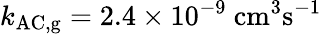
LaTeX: k_{\mathrm{AC,g}}=2.4\times 10^{-9}~\mathrm{cm^{3}s^{-1}}